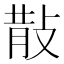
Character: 𭣹